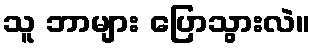
သူ ဘာများ ပြောသွားလဲ။